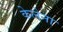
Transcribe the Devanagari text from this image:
केलेना